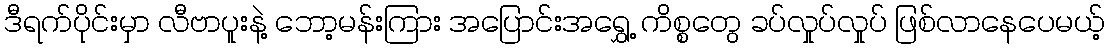
ဒီရက်ပိုင်းမှာ လီဗာပူးနဲ့ ဘော့မန်းကြား အပြောင်းအရွှေ့ ကိစ္စတွေ ခပ်လှုပ်လှုပ် ဖြစ်လာနေပေမယ့်